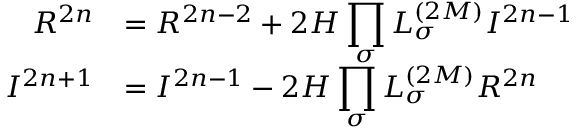
\begin{array} { r l } { { \cal R } ^ { 2 n } } & { = \displaystyle { \cal R } ^ { 2 n - 2 } + 2 { \cal H } \prod _ { \sigma } L _ { \sigma } ^ { ( 2 M ) } { \cal I } ^ { 2 n - 1 } } \\ { { \cal I } ^ { 2 n + 1 } } & { = \displaystyle { \cal I } ^ { 2 n - 1 } - 2 { \cal H } \prod _ { \sigma } L _ { \sigma } ^ { ( 2 M ) } { \cal R } ^ { 2 n } } \end{array}